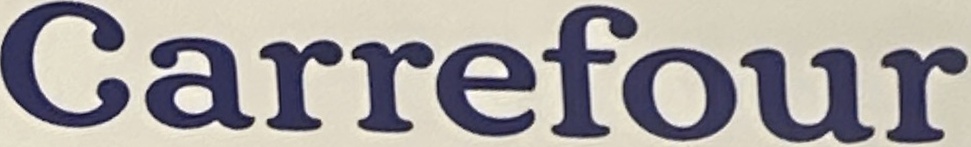
Garrefour